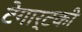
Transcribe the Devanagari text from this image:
टेगार्टकी